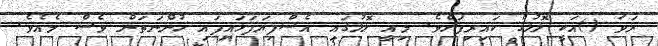
ރަވަ ()އަކީ ލޮލުގެ ކައިރިފަށެވެ. މިއީ ލޮލުގައި އެސްފިޔަފަޅައިފައި ހުންނަތަން ވެސް މެއެވެ.